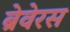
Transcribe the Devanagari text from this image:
ब्रेवेरस